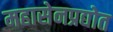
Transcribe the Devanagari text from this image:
महासेनप्रद्योत